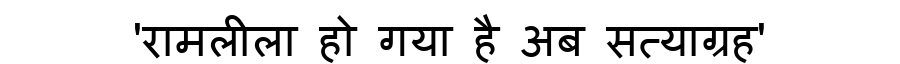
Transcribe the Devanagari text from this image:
'रामलीला हो गया है अब सत्याग्रह'